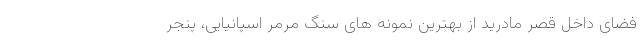
فضای داخل قصر مادرید از بهترین نمونه های سنگ مرمر اسپانیایی، پنجر